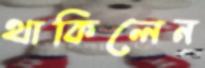
থাকিলেন